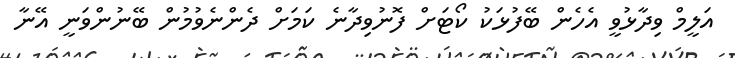
އަލީމް ވިދާޅުވީ އެހެން ބޭފުޅަކު ކޯޓަށް ފޮނުވިދާނެ ކަމަށް ދެންނެވުމުން ބޭނުންވަނީ އޭނާ